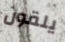
يلقون